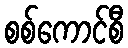
စစ်ကောင်စီ